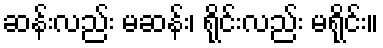
ဆန်းလည်း မဆန်း၊ ရိုင်းလည်း မရိုင်း။